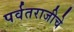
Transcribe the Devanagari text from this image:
पर्वतराजीचे